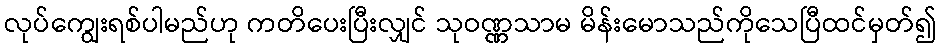
လုပ်ကျွေးရစ်ပါမည်ဟု ကတိပေးပြီးလျှင် သုဝဏ္ဏသာမ မိန်းမောသည်ကိုသေပြီထင်မှတ်၍